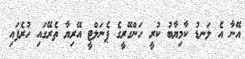
އޭނާ އެ ލަނޑު ކާމިޔާބު ކުރީ ހަންގޭރީގެ ޕެނަލްޓީ އޭރިޔާ ތެރޭގައި ހުރެފައި